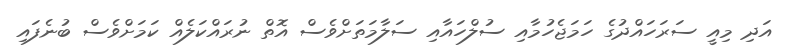
އަދި މިއީ ސަރަހައްދުގެ ހަމަޖެހުމާއި ސުލްހައާއި ސަލާމަތަށްވެސް އޮތް ނުރައްކަލެއް ކަމަށްވެސް ބުނެފައި